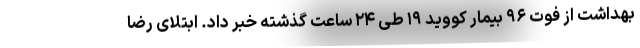
بهداشت از فوت ۹۶ بیمار کووید ۱۹ طی ۲۴ ساعت گذشته خبر داد. ابتلای رضا